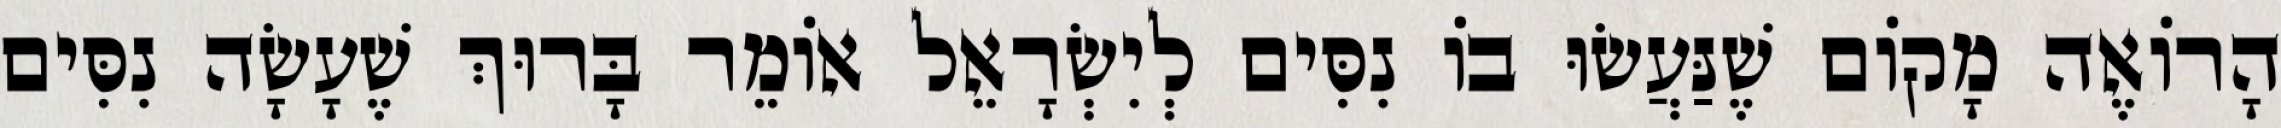
הָרוֹאֶה מָקוֹם שֶׁנַּעֲשׂוּ בוֹ נִסִּים לְיִשְׂרָאֵל אוֹמֵר בָּרוּךְ שֶׁעָשָׂה נִסִּים